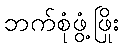
ဘက်စုံဖွံ့ဖြိုး